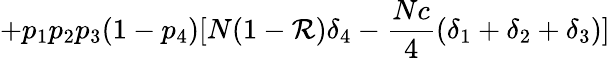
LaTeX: +p_{1}p_{2}p_{3}(1-p_{4})[N(1-\mathcal{R})\delta_{4}-{\frac{{Nc}}{{4}}}(\delta_{1}+\delta_{2}+\delta_{3})]